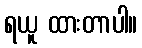
ရယူ ထားတာပါ။